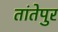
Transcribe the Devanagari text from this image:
तांतेपुर